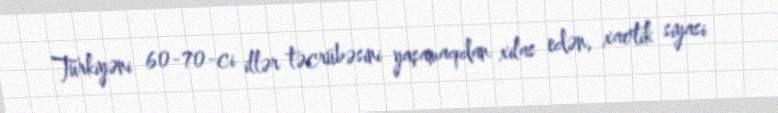
Türkiyəni 60-70-ci illər təcrübəsini yaşamaqdan xilas edən, xaotik siyasi